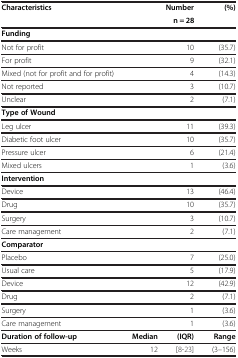
| Characteristics | <COLSPAN=2> Number | (%) |
 |  | <COLSPAN=2> n = 28 |  |
 | --- | --- | --- | --- |
 | Funding | <COLSPAN=2>  |  |
 | Not for profit | <COLSPAN=2> 10 | (35.7) |
 | For profit | <COLSPAN=2> 9 | (32.1) |
 | Mixed (not for profit and for profit) | <COLSPAN=2> 4 | (14.3) |
 | Not reported | <COLSPAN=2> 3 | (10.7) |
 | Unclear | <COLSPAN=2> 2 | (7.1) |
 | Type of Wound | <COLSPAN=2>  |  |
 | Leg ulcer | <COLSPAN=2> 11 | (39.3) |
 | Diabetic foot ulcer | <COLSPAN=2> 10 | (35.7) |
 | Pressure ulcer | <COLSPAN=2> 6 | (21.4) |
 | Mixed ulcers | <COLSPAN=2> 1 | (3.6) |
 | Intervention | <COLSPAN=2>  |  |
 | Device | <COLSPAN=2> 13 | (46.4) |
 | Drug | <COLSPAN=2> 10 | (35.7) |
 | Surgery | <COLSPAN=2> 3 | (10.7) |
 | Care management | <COLSPAN=2> 2 | (7.1) |
 | Comparator | <COLSPAN=2>  |  |
 | Placebo | <COLSPAN=2> 7 | (25.0) |
 | Usual care | <COLSPAN=2> 5 | (17.9) |
 | Device | <COLSPAN=2> 12 | (42.9) |
 | Drug | <COLSPAN=2> 2 | (7.1) |
 | Surgery | <COLSPAN=2> 1 | (3.6) |
 | Care management | <COLSPAN=2> 1 | (3.6) |
 | Duration of follow-up | Median | (IQR) | Range |
 | Weeks | 12 | [8-23] | (3–156) |